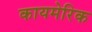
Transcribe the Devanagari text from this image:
कायमेरिक